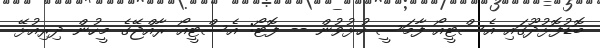
ބޮޑުފޮޅުދޫގައި އެސްޓީއޯ ފާމަސީ ހުޅުވުން -- ފޮޓޯ: އެސްޓީއޯ ރާއްޖޭގެ މީހުން ދިރިއުޅޭ